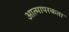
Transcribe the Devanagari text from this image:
आत्मापरकता